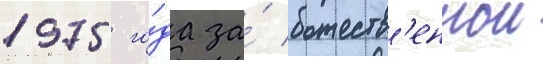
1975 го́да за́ божеств'еннои